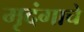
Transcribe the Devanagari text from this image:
मृदंगाचे